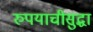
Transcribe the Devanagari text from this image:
रुपयाचीसुद्धा